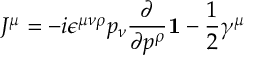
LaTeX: J ^ { \mu } = - i \epsilon ^ { \mu \nu \rho } p _ { \nu } { \frac { \partial } { \partial p ^ { \rho } } } { \bf 1 } - \frac { 1 } { 2 } \gamma ^ { \mu }